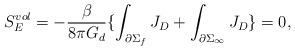
LaTeX: \begin{align*}S_{E}^{vol} = - \frac{\beta}{8 \pi G_{d}} \lbrace\int_{\partial\Sigma_{f}} J_{D} + \int_{\partial\Sigma_{\infty}} J_{D}\rbrace = 0,\end{align*}